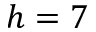
h = 7